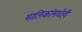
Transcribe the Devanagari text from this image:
मालिकांमधेही